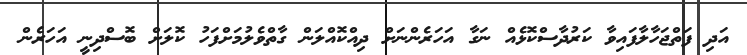
އަދި ފަތްޖަހާލާފައިވާ ކަރުދާސްކޮޅެއް ނަގާ އަހަރެންނަށް ދިއްކޮއްލަން ގާތްވެލުމަށްފަހު ކޮލަށް ބޮސްދިނީ އަހަރެން